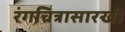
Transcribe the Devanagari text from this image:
रंगचित्रासारखी